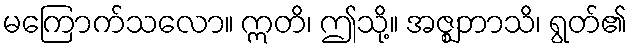
မကြောက်သလော။ ဣတိ၊ ဤသို့။ အဇ္ဈဘာသိ၊ ရွတ်၏